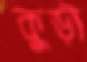
কুড়ী